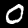
Digit: 0